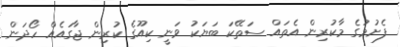
ފެށުމުގެ މާކުރިން އެތައް ސަތޭކަ ބަޔަކު ވަނީ ކިއޫގެ ކުރިން ޖާގައެއް ހޯދަން